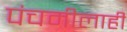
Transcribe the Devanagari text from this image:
पंचमीलाही